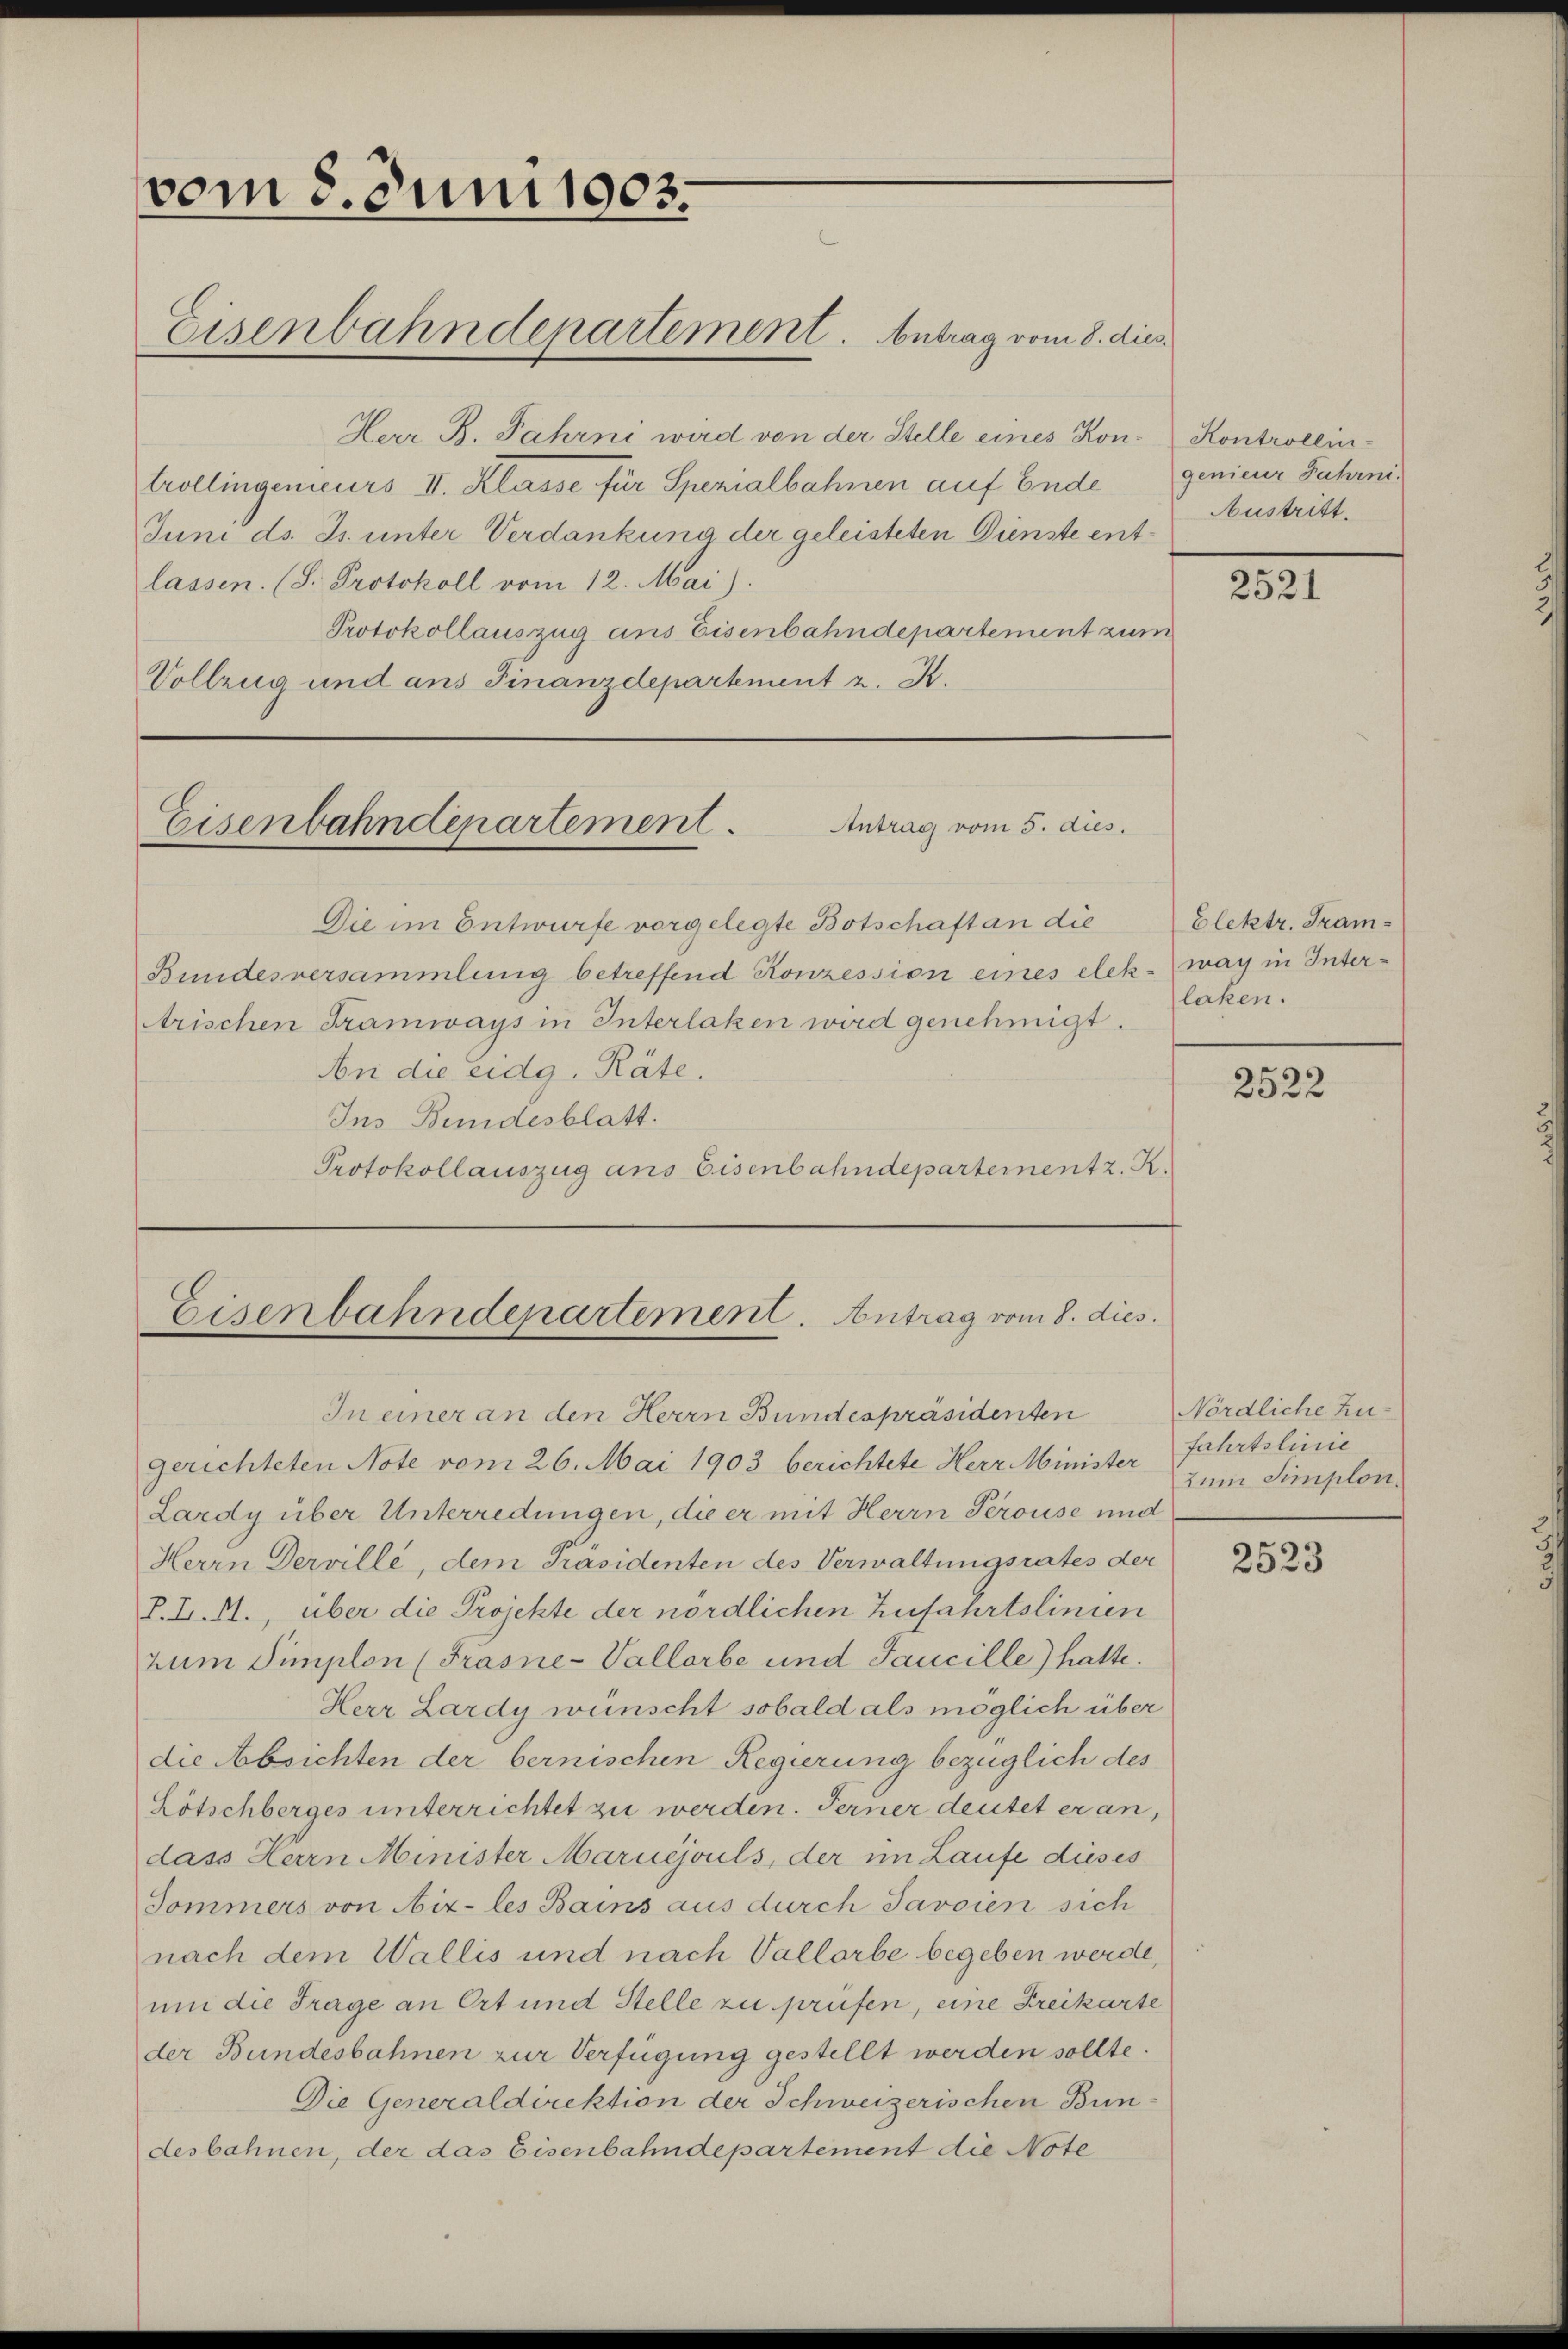
vom 8. Juni 1903.
Eisenbahndepartement. Antrag vom 8. dies

Eisenbahndepartement.
Antrag vom 5. dies

Die im Entwurfe vorgelegte Botschaft an die
Bundesversammlung betreffend Konzession eines elek war in Interrischen Tramways in Interlaken wird genehmigt.
An die eidg. Räte.
Ins Bundesblatt.
Protokollauszug ans Eisenbahndepartement z. K.

Eisenbahndepartement. Antrag vom 8. dies

Herr B. Jahrni wird von der Stelle eines Kontrollingenieurs II. Klasse für Spezialbahnen auf Ende
Juni ds. Js. unter Verdankung der geleisteten Dienste entlassen. (S. Protokoll vom 12. Mai).
Protokollauszug aus Eisenbahndepartement zum
Vollzug und ans Finanzdepartement z. B.

Kontrollin-
genieur Jahrni
Austritt.

In einer an den Herrn Bundespräsidenten
gerichteten Note vom 26. Mai 1903 berichtete Herr Minister
Lardy über Unterredungen, die er mit Herrn Perouse und
Herrn Derville, dem Präsidenten des Verwaltungsrates der
P. L. M., über die Projekte der nördlichen Zufahrtslinien
zum Simplon (Trasne-Vallorbe und Jaucille) hatte.
Herr Lardy wünscht sobald als möglich über
die Absichten der bernischen Regierung bezüglich des
Lötschberges unterrichtet zu werden. Ferner deutet er an,
dass Herrn Minister Maruejouls, der im Laufe dieses
Sommers von Aix-les Bains aus durch Javoien sich
nach dem Wallis und nach Vallorbe begeben werde,
um die Trage an Ort und Stelle zu prüfen, eine Freikarte
der Bundesbahnen zur Verfügung gestellt werden sollte.
Die Generaldirektion der Schweizerischen Bundesbahnen, der das Eisenbahndepartement die Note

2521

Elektr. Tramlaken.

2522

Nördliche Zufahrtslinie
Zum Simplon.

2523